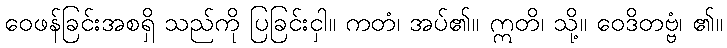
ဝေဖန်ခြင်းအစရှိ သည်ကို ပြခြင်းငှါ။ ကတံ၊ အပ်၏။ ဣတိ၊ သို့။ ဝေဒိတဗ္ဗံ၊ ၏။